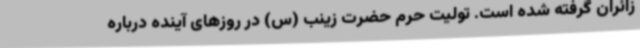
زائران گرفته شده است. تولیت حرم حضرت زینب (س) در روزهای آینده درباره